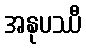
အနုပဿီ